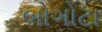
બોગોટા